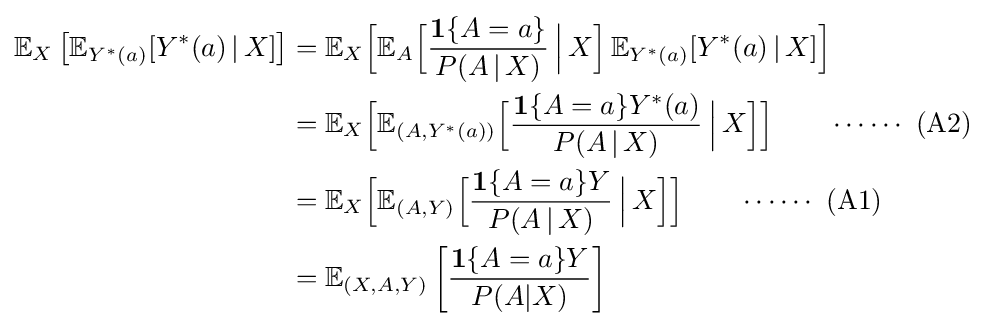
{\begin{aligned}\mathbb {E} _{X}\left[\mathbb {E} _{Y^{*}(a)}[Y^{\ast }(a)\,|\,X]\right]&=\mathbb {E} _{X}{\Big [}\mathbb {E} _{A}{\Big [}{\frac {\mathbf {1} \{A=a\}}{P(A\,|\,X)}}\,{\Big |}\,X{\Big ]}\,\mathbb {E} _{Y^{*}(a)}[Y^{\ast }(a)\,|\,X]{\Big ]}\\&=\mathbb {E} _{X}{\Big [}\mathbb {E} _{(A,Y^{\ast }(a))}{\Big [}{\frac {\mathbf {1} \{A=a\}Y^{\ast }(a)}{P(A\,|\,X)}}\,{\Big |}\,X{\Big ]}{\Big ]}\qquad \cdots \cdots {\text{ (A2) }}\\&=\mathbb {E} _{X}{\Big [}\mathbb {E} _{(A,Y)}{\Big [}{\frac {\mathbf {1} \{A=a\}Y}{P(A\,|\,X)}}\,{\Big |}\,X{\Big ]}{\Big ]}\qquad \cdots \cdots {\text{ (A1) }}\\&=\mathbb {E} _{(X,A,Y)}\left[{\frac {\mathbf {1} \{A=a\}Y}{P(A|X)}}\right]\end{aligned}}